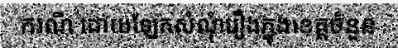
ករណី ដោយឡែកសំណុំរឿងក្នុងខេត្តចំនួន